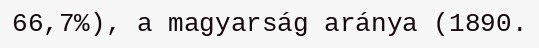
66,7%), a magyarság aránya (1890.